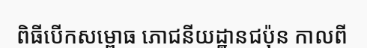
ពិធីបើកសម្ពោធ ភោជនីយដ្ឋានជប៉ុន កាលពី